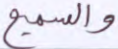
والسميع